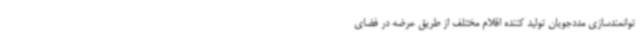
توانمندسازی مددجویان تولید کننده اقلام مختلف از طریق عرضه در فضای